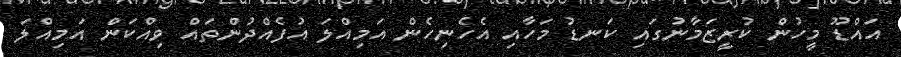
އައްޑޫ މީހުން ކުރީޒަމާނުގައި ކަނޑު މަހާއި އެހެނިހެން އަމިއްލަ އުފެއްދުންތައް ވިއްކަން އަމިއްލަ